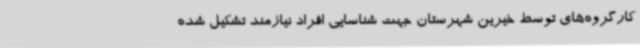
کارگروه‌های توسط خیرین شهرستان جهت شناسایی افراد نیازمند تشکیل شده